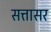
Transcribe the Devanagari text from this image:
सत्तासर